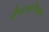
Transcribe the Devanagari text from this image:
शीलावाप्तिव्रत